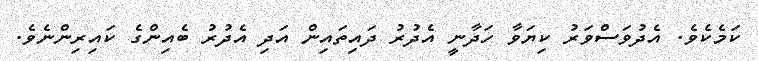
ކަމެކެވެ. އެދުވަސްވަރު ކިޔަވާ ހަދާނީ އެދުރު ދައިތައިން އަދި އެދުރު ބެއިންގެ ކައިރިންނެވެ.